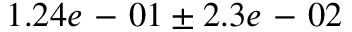
1 . 2 4 e \mathrm { ~ - ~ } 0 1 \pm 2 . 3 e \mathrm { ~ - ~ } 0 2